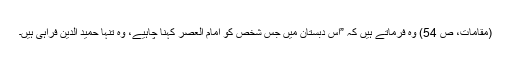
(مقامات، ص 54) وہ فرماتے ہیں کہ ”اس دبستان میں جس شخص کو امام العصر کہنا چاہیے، وہ تنہا حمید الدین فراہی ہیں۔